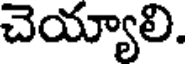
చెయ్యాలి.